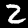
Digit: 2